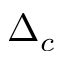
\Delta _ { c }